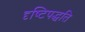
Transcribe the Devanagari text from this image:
दृष्टिपद्धति